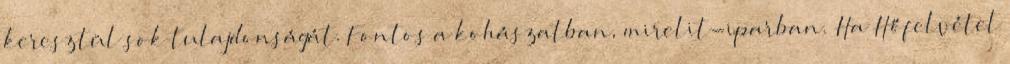
keresztül sok tulajdonságát. Fontos a kohászatban, mirelit-iparban. Ha Hőfelvétel